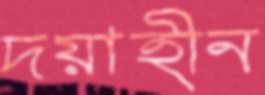
দয়াহীন